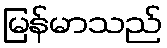
မြန်မာသည်